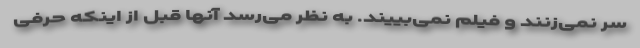
سر نمی‌زنند و فیلم نمی‌بییند. به نظر می‌رسد آنها قبل از اینکه حرفی